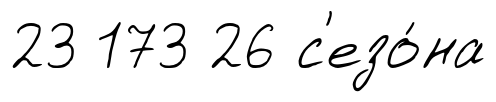
23 173 26 с'езо́на